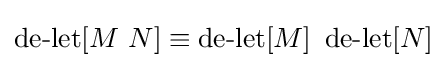
\operatorname {de-let} [M\ N]\equiv \operatorname {de-let} [M]\ \operatorname {de-let} [N]